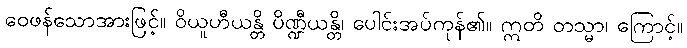
ဝေဖန်သောအားဖြင့်။ ဝိယူဟီယန္တိ ပိဏ္ဍီယန္တိ၊ ပေါင်းအပ်ကုန်၏။ ဣတိ တသ္မာ၊ ကြောင့်။